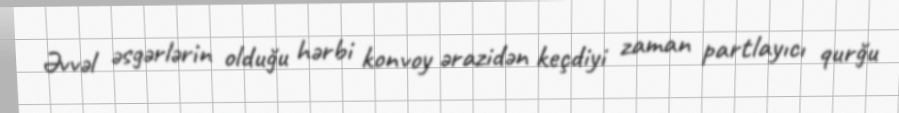
Əvvəl əsgərlərin olduğu hərbi konvoy ərazidən keçdiyi zaman partlayıcı qurğu